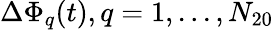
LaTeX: \Delta\Phi_{q}(t),q=1,...,N_{20}